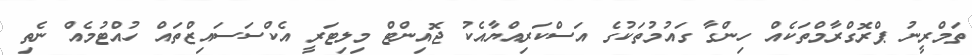
ތަމްރީނު ޕްރޮގްރާމްތަކެއް ހިންގާ ގައުމުތަކުގެ އަސްކަރިއްޔާއެކު ޖޮއިންޓް މިލިޓަރީ އެކްސަސައިޒްތައް ހުއްޓުމެއް ނެތި